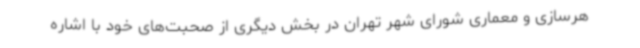
هرسازی و معماری شورای شهر تهران در بخش دیگری از صحبت‌های خود با اشاره